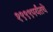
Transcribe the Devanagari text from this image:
१९९९पर्यंतचे